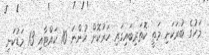
މަހުގެ ބުރަކަށި މަތީ ކޮތަރިބައިގައި ހަރުކޮށް ހުންނަ 10 ކައްޓާއި 13 މަޑުކަށި